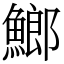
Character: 䱶